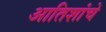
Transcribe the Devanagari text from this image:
आतिशांचे